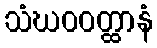
သံဃဝဝတ္ထာနံ